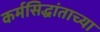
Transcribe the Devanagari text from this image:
कर्मसिद्धांताच्या